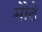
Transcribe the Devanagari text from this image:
मोेठे